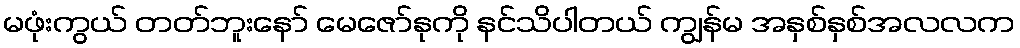
မဖုံးကွယ် တတ်ဘူးနော် မေဇော်နုကို နင်သိပါတယ် ကျွန်မ အနှစ်နှစ်အလလက